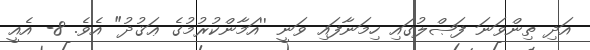
އަދި ތިންވަނަ ފަޞްލުގައި ހިމަނާފައި ވަނީ ''އަމާންކުރުމުގެ ޢަޤުދު" އެވެ. 8- އެއީ